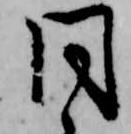
同